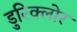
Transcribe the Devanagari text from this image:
डुरिक्लोर